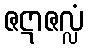
ဇဋာဇလ္လံ